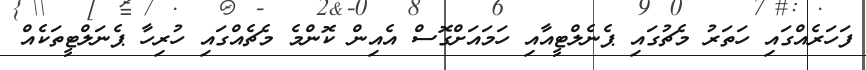
ފަހަރެއްގައި ހަތަރު މެޗުގައި ޕެނެލްޓީއާއި ހަމައަށްގޮސް އެއިން ކޮންމެ މެޗެއްގައި ހުރިހާ ޕެނަލްޓީތަކެއް